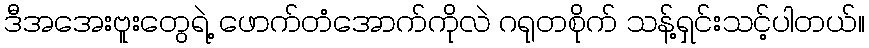
ဒီအအေးဗူးတွေရဲ့ ဖောက်တံအောက်ကိုလဲ ဂရုတစိုက် သန့်ရှင်းသင့်ပါတယ်။